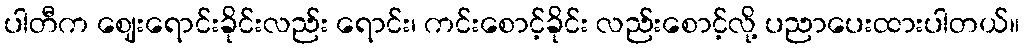
ပါတီက ဈေးရောင်းခိုင်းလည်း ရောင်း၊ ကင်းစောင့်ခိုင်း လည်းစောင့်လို့ ပညာပေးထားပါတယ်။